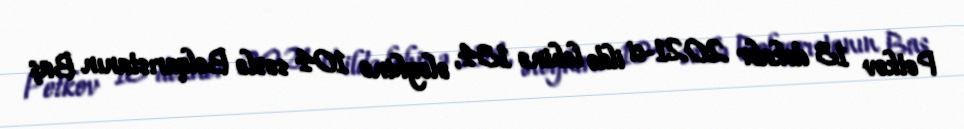
Petkov 13 dekabr 2021-ci ildə lehinə 134, əleyhinə 104 səslə Bolqarıstanın Baş